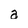
Character: a